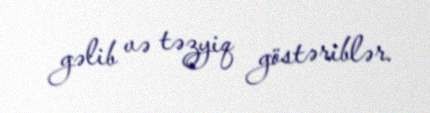
gəlib və təzyiq göstəriblər.